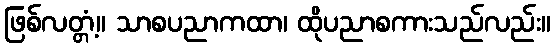
ဖြစ်လတ္တံ့။ သာစပညာကထာ၊ ထိုပညာစကားသည်လည်း။